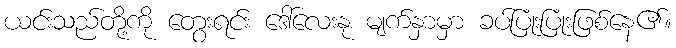
ယင်းသည်တို့ကို တွေးရင်း ဒေါ်လေးနု မျက်နှာမှာ ခပ်ပြုံးပြုံးဖြစ်နေ၏။